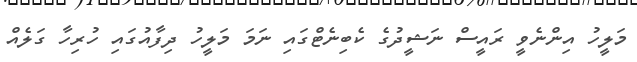
މަލީހު އިންނެވީ ރައީސް ނަޝީދުގެ ކެބިނެޓްގައި ނަމަ މަލީހު ދިފާއުގައި ހުރިހާ ގަލެއް